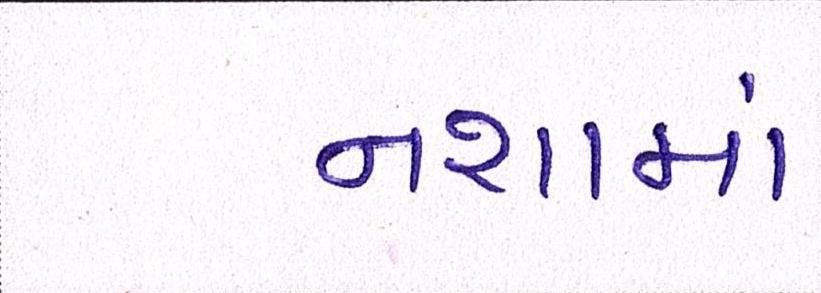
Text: નશામાં